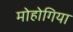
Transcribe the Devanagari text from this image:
मोहोगिया